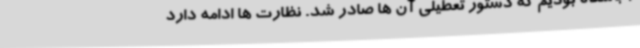
2 باشگاه بودیم که دستور تعطیلی آن ها صادر شد. نظارت ها ادامه دارد